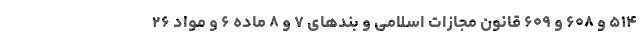
۵۱۴ و ۶۰۸ و ۶۰۹ قانون مجازات اسلامی و بندهای ۷ و ۸ ماده ۶ و مواد ۲۶